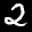
Label: 2